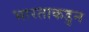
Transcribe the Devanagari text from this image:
भारताकडुन